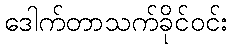
ဒေါက်တာသက်ခိုင်ဝင်း